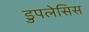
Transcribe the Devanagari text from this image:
डुपलेसिस